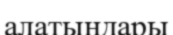
алатындары